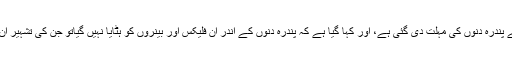
شہر میں فی الوقت جتنے بھی فلیکس اور بینر لگے ہوئے ہیں انہیں ہٹانے کے لئے پندرہ دنوں کی مہلت دی گئی ہے، اور کہا گیا ہے کہ پندرہ دنوں کے اندر ان فلیکس اور بینروں کو ہٹایا نہیں گیاتو جن کی تشہیر ان بینروں کے ذریعے ہورہی ہے ان کے خلا ف فوجداری مقدمہ درج کیا جائے گا۔